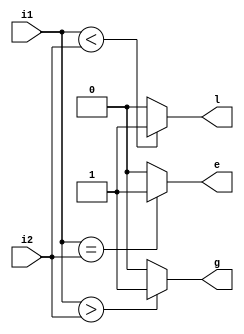
module NbitComp (i1, i2, g, e, l);
parameter N=3;
input [N-1:0] i1, i2;
output l, e, g;

assign g = (i1>i2)?1'b1:1'b0;
assign e = (i1==i2)?1'b1:1'b0;
assign l = (i1<i2)?1'b1:1'b0;

endmodule
module NbitComp_tb ();
parameter N=3;
reg [N-1:0] i1, i2;
wire l, e, g;

NbitComp design (i1, i2, g, e, l);

initial {i1,i2}=0;
always #1 {i1,i2} = {i1,i2} + 1;
initial #128 $finish;

endmodule